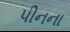
પીનના